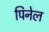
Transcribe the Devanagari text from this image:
पिनेल